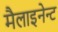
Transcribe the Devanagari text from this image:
मैलाइनेन्ट